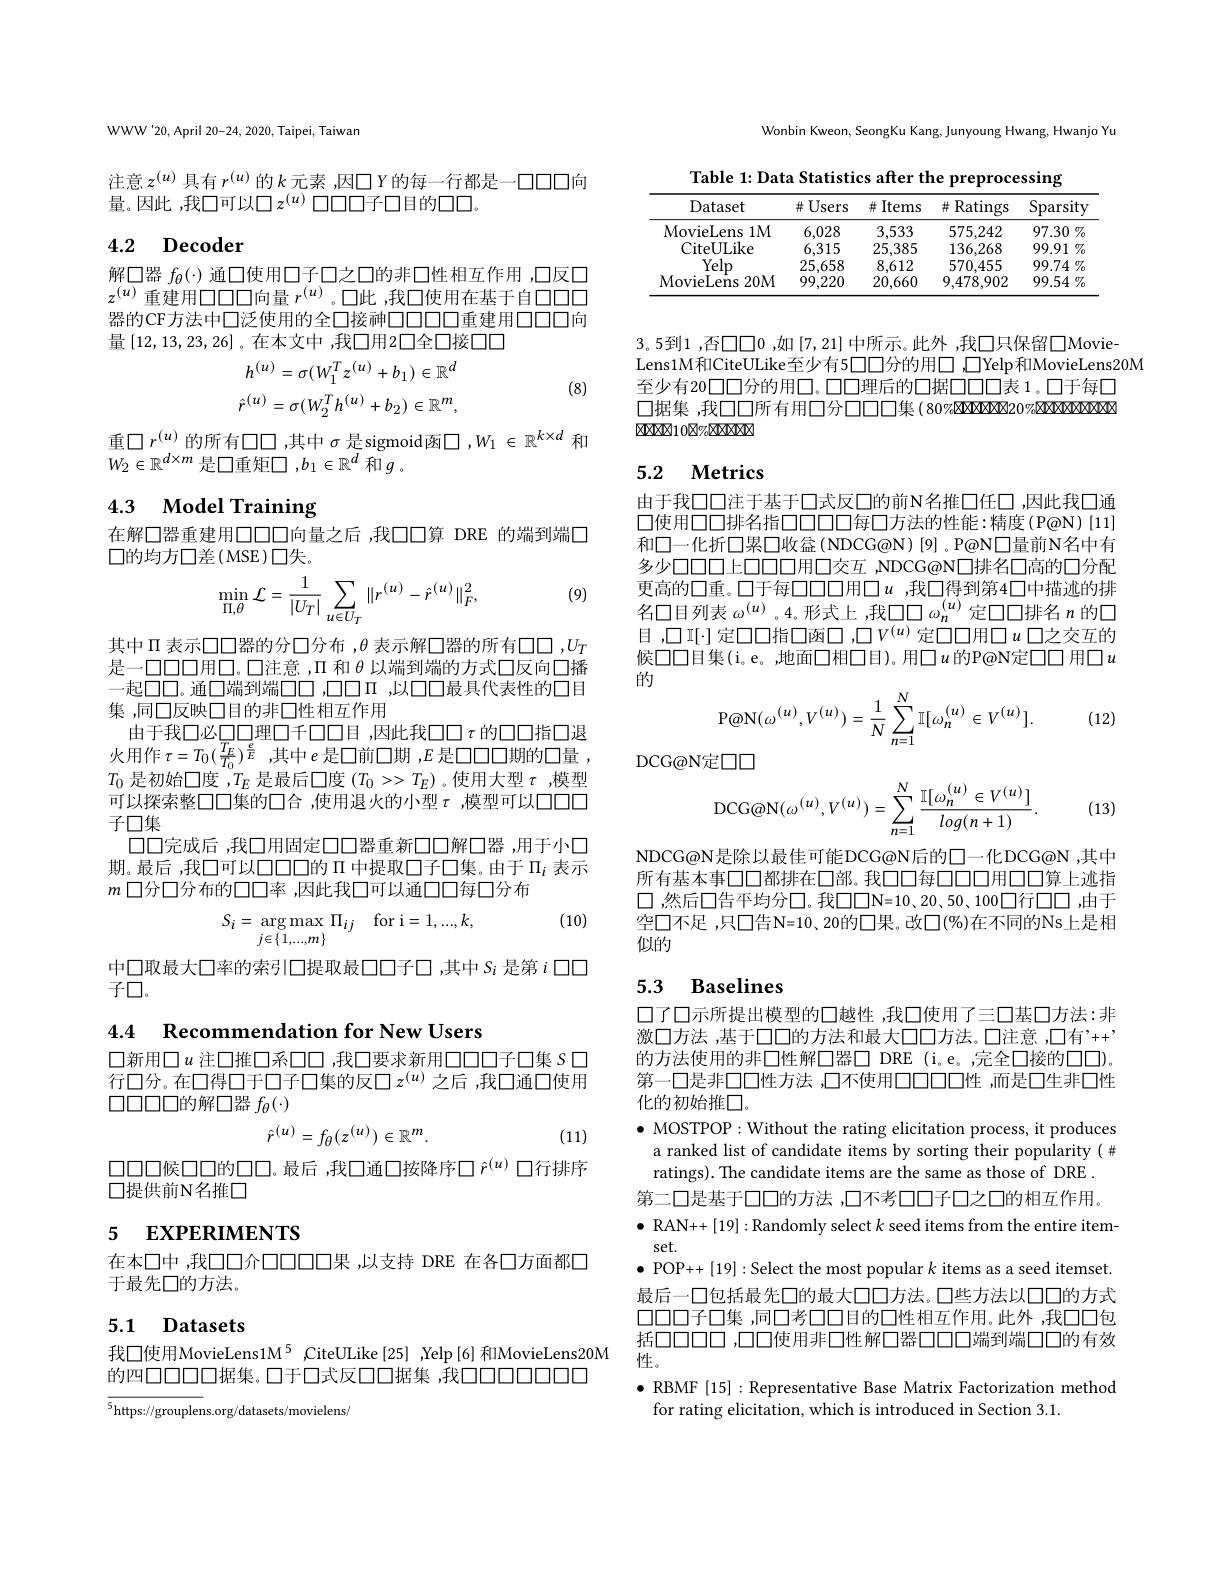
Wonbin Kweon, SeongKu Kang, Junyoung Hwang, Hwanjo Yu

WWW'20, April 20-24, 2020, Taipei, Taiwan

注意$z^{(u)}$ 具有 $r^(u)$ 的$k$ 元素 ,因口 Y的每一行都是一口口口向
量。因此 ,我口可以口$z^(u)$口口口子口目的口口

# 4.2 Decoder

解口器$f_\theta(\cdot)$通口使用口子口之口的非口性相互作用，口反口$z^{(u)}$重建用口口口向量$r^{(u)}$。口此 ,我口使用在基于自口口口器的CF方法中口泛使用的全口接神口口口口重建用口口向量[12,13,23,26]。在本文中 ,我口用2口全口接口口
$$h^{(u)}=\sigma(W_{1}^{T}z^{(u)}+b_{1})\in\mathbb{R}^{d}\\\hat{r}^{(u)}=\sigma(W_{2}^{T}h^{(u)}+b_{2})\in\mathbb{R}^{m},$$
(8)

重$\square r^{(u)}$的所有口口，其中 $\sigma$ 是sigmoid函$\square,W_1\in\mathbb{R}^k\times d$ 和
$W_2\in\mathbb{R}^{d\times m}$是口重矩口$,b_1\in\mathbb{R}^d$和$g$ 。

4.3 Model Training

在解口器重建用口口口向量之后 ,我口口第 DRE 的端到端口
$\square$的均方口差(MSE)口失。

(9)
$$\min_{\Pi,\theta}\mathcal{L}=\frac{1}{|U_{T}|}\sum_{u\in U_{T}}\|r^{(u)}-\hat{r}^{(u)}\|_{F}^{2},$$
其中$\Pi$表示口口器的分口分布，$\theta$表示解口器的所有口口$,U_T$ 是一口口口用口。口注意，$\Pi$和$\theta$以端到端的方式口反向口播一起口口。通口端到端口口，口口口 ,以口口最具代表性的口目集 ,同口反映口目的非口性相互作用
由于我口必口口理口千口口目，因此我口口$\tau$的口口指口退火用作$\tau=T_{0}(\frac{T_{E}}{T_{0}})^{\frac{e}{E}}$ ,其中$e$是口前口期$,E$是口口口期的口量 , $T_0$是初始口度 ,$T_E$是最后口度$(T_0>>T_E)$ 。使用大型$\tau$ ,模型可以探索整口口集的口合 ,使用退火的小型$\tau$ ,模型可以口口口子口集
口口完成后 ,我口用固定口口器重新口口解口器 ,用于小口期。最后 ,我口可以口口口的$\Pi$中提取口子口集。由于$\Pi_i$表示$m$口分口分布的口口率 ,因此我口可以通口口每口分布

(10)
$$S_i=\underset{j\in\{1,...,m\}}{\arg\max}\Pi_{ij}\quad\mathrm{for~i=1,...,k,}$$
中口取最大口率的索引口提取最口口子口，其中$S_i$ 是第$i$ 口口
子口。

4.4 Recommendation for New Users

口新用口$u$ 注口推口系口口，我口要求新用口口口子口集 S 口行口分。在口得口于口子口集的反口$z^(u)$之后 ,我口通口使用$\square\square\square\square\square\square$的解口器 $f_\theta(\cdot)$
$$\hat{r}^{(u)}=f_\theta(z^{(u)})\in\mathbb{R}^m.$$
(11)

口口口候口口的口口。最后 ,我口通口按降序口$\hat{r}^{(u)}$口行排序
口提供前N名推口

# 5 EXPERIMENTS

在本口中 ,我口口介口口口口果 ,以支持 DRE 在各口方面都口
于最先口的方法。

## 5.1 Datasets

我口使用MovieLens1M$^{5}$ ,CiteULike[25] ,Yelp[6]和MovieLens20M
的四口口口口据集。口于口式反口口据集 ,我口口口口口口口

$\overline{^5\text{https://grouplens.org/datasets/movielens,}}$

Table 1: Data Statistics after the preprocessing
<table>
	<tbody>
		<tr>
			<th>Dataset</th>
			<th>并 Users</th>
			<th>并 Items</th>
			<th>Ratings 井</th>
			<th>Sparsity</th>
		</tr>
		<tr>
			<td>MovieLens $;1M$</td>
			<td>6,028</td>
			<td>3,533</td>
			<td>575,242</td>
			<td>$97.30\%$</td>
		</tr>
		<tr>
			<td>CiteULike</td>
			<td>6,315</td>
			<td>25,385</td>
			<td>136,268</td>
			<td>$99.91\%$</td>
		</tr>
		<tr>
			<td>Yelp</td>
			<td>25,658</td>
			<td>8,612</td>
			<td>570.455</td>
			<td>$99.74\%$ 、</td>
		</tr>
		<tr>
			<td>MovieLens $20M$</td>
			<td>99,220</td>
			<td>20,660</td>
			<td>9,478,902</td>
			<td>$99.54\%$</td>
		</tr>
	</tbody>
</table>

3。5到1 ,否口口0 ,如[7,21] 中所示。此外 ,我口只保留口Movie-
Lens1M和CiteULike至少有5口口分的用口 ,口Yelp和MovieLens20M
至少有20口口分的用口。口口理后的口据口口口口表 1。口于每口$\square$据集 ,我口口所有用口分口口口口集 (80%MXANON20%CRAXANAN $a_{12}=a_{12}$

## 5.2 $\textbf{Metrics}$

由于我口口注于基于口式反口的前N名推口任口，因此我口通口使用口口排名指口口口口每口方法的性能：精度(P@N)[11] 和口一化折口累口收盒(NDCG@N)[9]。P@N口量前N名中有多少口口口上口口口用口交互，NDCG@N口排名口高的口分配更高的口重。口于每口口口用口$u$ ,我口得到第4口中描述的排名口目列表$\omega^(u)$ 。4。形式上 ,我$\square\square\omega_n^(u)$定口口排名$n$的口目，口I[\cdot]定口口指口函口，口$V^{(u)}$定口口用口$u$口之交互的候口口目集(i。e。,地面口相口目)。用口$u$的P@N定口口 用口$u$ 的
$$\mathrm{P@N}(\omega^{(u)},V^{(u)})=\frac{1}{N}\sum_{n=1}^{N}\mathbb{I}[\omega_{n}^{(u)}\in V^{(u)}].$$
(12)

DCG@N定口口
$$\mathrm{DCG@N}(\omega^{(u)},V^{(u)})=\sum_{n=1}^{N}\frac{\mathbb{I}[\omega_{n}^{(u)}\in V^{(u)}]}{log(n+1)}.$$
(13)

NDCG@N是除以最佳可能DCG@N后的口一化DCG@N ,其中所有基本事口口都排在口部。我口口每口口用口口算上述指口，然后口告平均分口。我$\square\square\square$N=10、20、50、100口行口口 ,由于空口不足 ,只口告N=10、20的口果。改口(%)在不同的Ns上是相似的

# 5.3 Baselines

口了口示所提出模型的口越性，我口使用了三口基口方法：非激口方法 ,基于口口的方法和最大口口方法。口注意，口有”++ 的方法使用的非口性解口器□ DRE (i。e。,完全口接的口口)。第一口是非口口性方法 ,口不使用口口口口性 ,而是口生非口性化的初始推口。

$\bullet$ MOSTPOP: Without the rating elicitation process, it produces a ranked list of candidate items by sorting their popularity(# ratings). The candidate items are the same as those of DRE . 第二口是基于口口的方法 ,口不考口口子口之口的相互作用。$\bullet$ RAN++ [19]: Randomly select $k$ seed items from the entire item-
set.
$\bullet$ POP++ [19]:Select the most popular $k$ items as a seed itemset. 最后一口包括最先口的最大口口方法。口些方法以口口的方式口口口子口集 ,同口考口口目的口性相互作用。此外 ,我口口包括口口口口，口口使用非口性解口器口口口端到端口口的有效性。

$\bullet$ RBMF [15] : Representative Base Matrix Factorization method
for rating elicitation, which is introduced in Section 3.1.